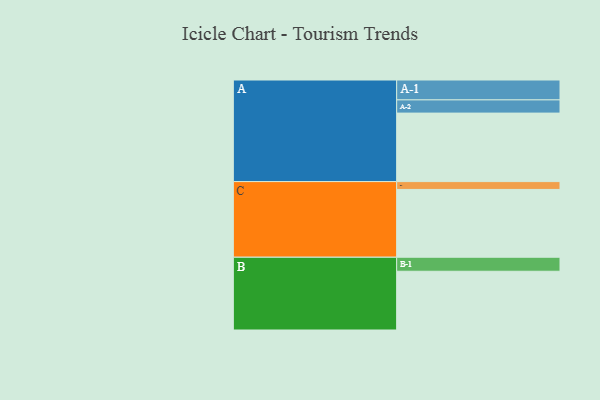
{"axis": {"x": "Segment", "y": "Value"}, "legend": ["", "A", "B", "C"], "data": [{"x": "A", "y": 596, "type": ""}, {"x": "B", "y": 511, "type": ""}, {"x": "C", "y": 590, "type": ""}, {"x": "A-1", "y": 173, "type": "A"}, {"x": "A-2", "y": 115, "type": "A"}, {"x": "B-1", "y": 122, "type": "B"}, {"x": "C-1", "y": 68, "type": "C"}]}